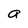
Character: a